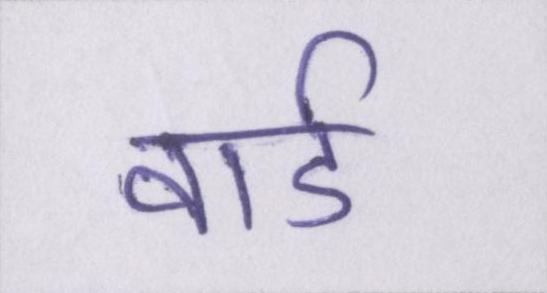
वार्ड